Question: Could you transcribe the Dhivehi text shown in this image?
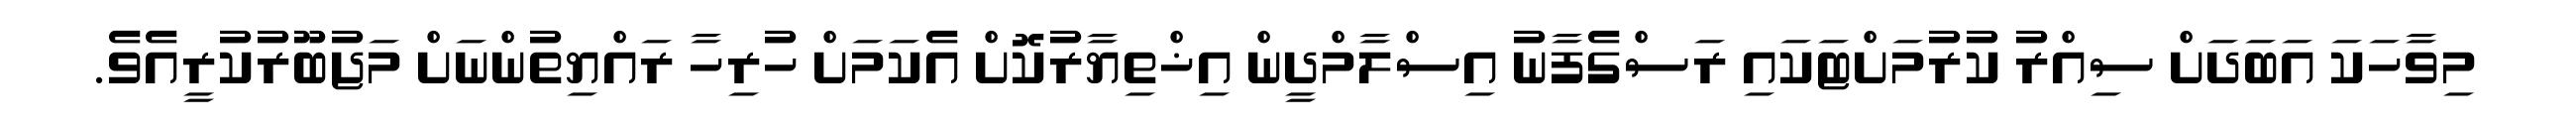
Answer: މިވާހަކަ އަބަދަށް ސިއްރު ކުރުމަށްޓަކައި ރަސްގެފާނު އިސްލާމްދީން އިޚްތިޔާރުކޮށް އެކަމަށް ހުރިހާ ރައްޔިތުންނަށް މަޖުބޫރުކުރީއެވެ.